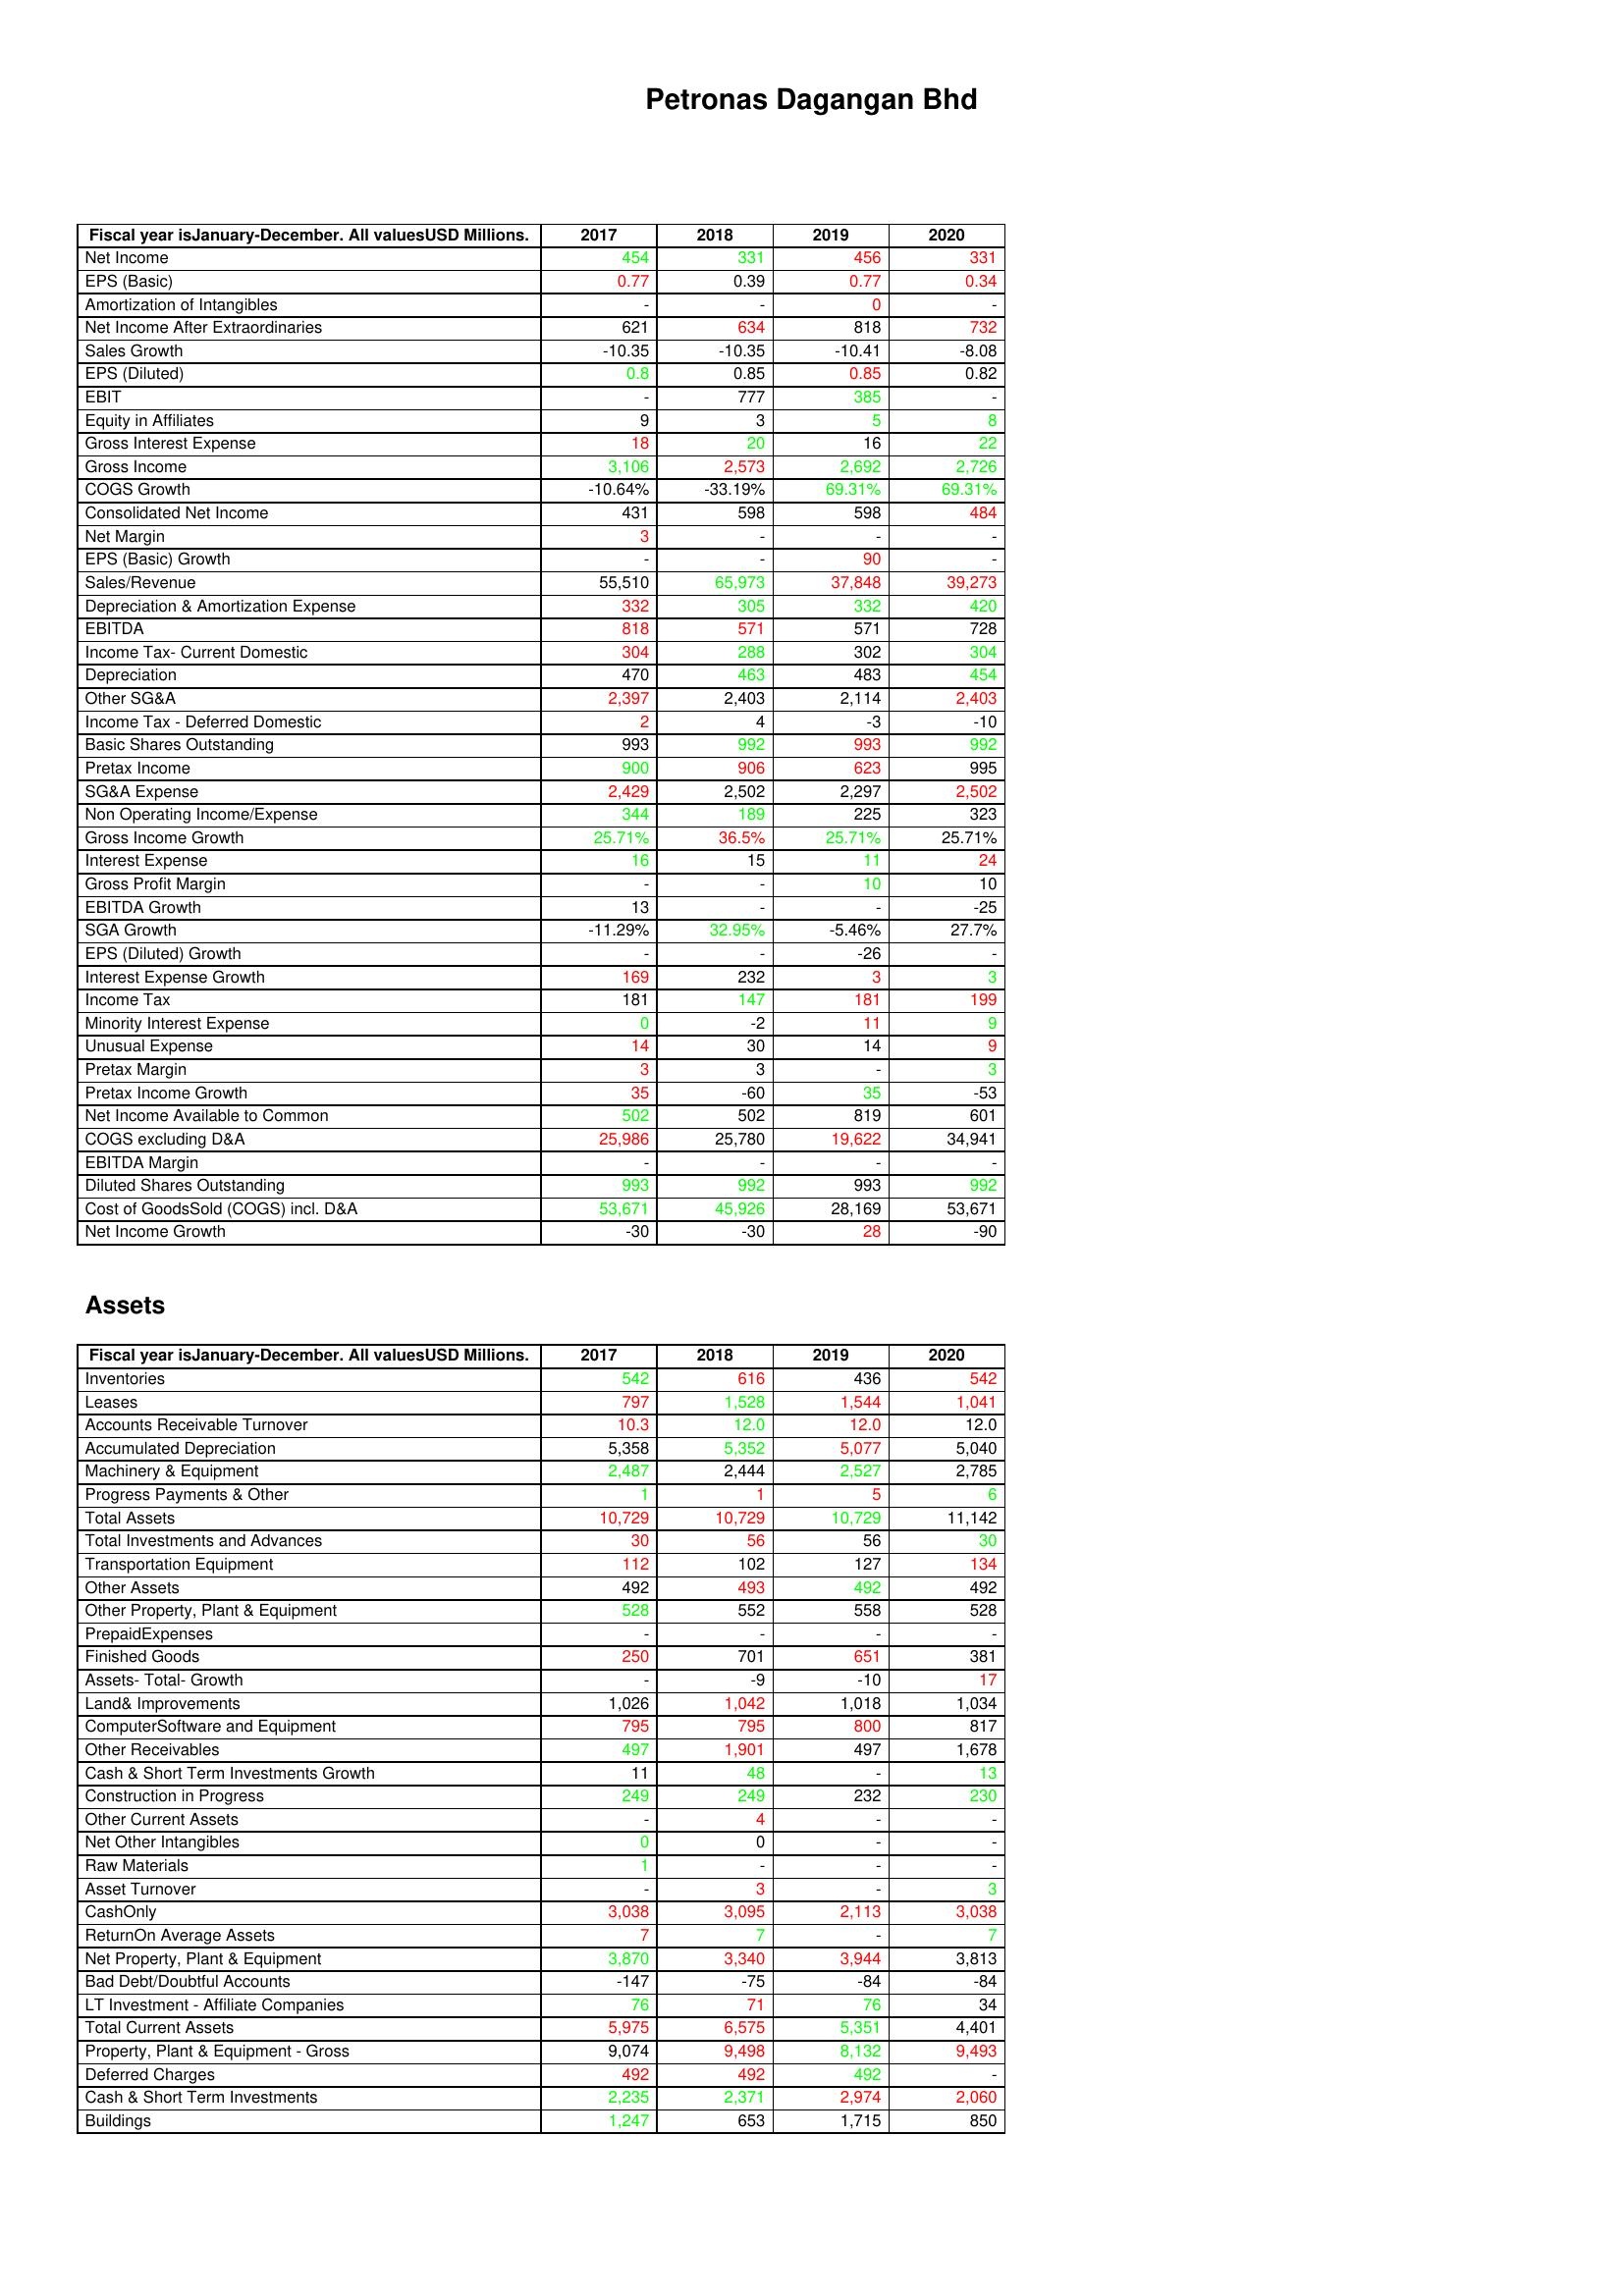
gt_parse: 2017: : Net Income: 454
EPS (Basic): 0.77
Amortization of Intangibles: -
Net Income After Extraordinaries: 621
Sales Growth: -10.35
EPS (Diluted): 0.8
EBIT: -
Equity in Affiliates: 9
Gross Interest Expense: 18
Gross Income: 3,106
COGS Growth: -10.64%
Consolidated Net Income: 431
Net Margin: 3
EPS (Basic) Growth: -
Sales/Revenue: 55,510
Depreciation & Amortization Expense: 332
EBITDA: 818
Income Tax- Current Domestic: 304
Depreciation: 470
Other SG&A: 2,397
Income Tax - Deferred Domestic: 2
Basic Shares Outstanding: 993
Pretax Income: 900
SG&A Expense: 2,429
Non Operating Income/Expense: 344
Gross Income Growth: 25.71%
Interest Expense: 16
Gross Profit Margin: -
EBITDA Growth: 13
SGA Growth: -11.29%
EPS (Diluted) Growth: -
Interest Expense Growth: 169
Income Tax: 181
Minority Interest Expense: 0
Unusual Expense: 14
Pretax Margin: 3
Pretax Income Growth: 35
Net Income Available to Common: 502
COGS excluding D&A: 25,986
EBITDA Margin: -
Diluted Shares Outstanding: 993
Cost of GoodsSold (COGS) incl. D&A: 53,671
Net Income Growth: -30
Assets: Inventories: 542
Leases: 797
Accounts Receivable Turnover: 10.3
Accumulated Depreciation: 5,358
Machinery & Equipment: 2,487
Progress Payments & Other: 1
Total Assets: 10,729
Total Investments and Advances: 30
Transportation Equipment: 112
Other Assets: 492
Other Property, Plant & Equipment: 528
PrepaidExpenses: -
Finished Goods: 250
Assets- Total- Growth: -
Land& Improvements: 1,026
ComputerSoftware and Equipment: 795
Other Receivables: 497
Cash & Short Term Investments Growth: 11
Construction in Progress: 249
Other Current Assets: -
Net Other Intangibles: 0
Raw Materials: 1
Asset Turnover: -
CashOnly: 3,038
ReturnOn Average Assets: 7
Net Property, Plant & Equipment: 3,870
Bad Debt/Doubtful Accounts: -147
LT Investment - Affiliate Companies: 76
Total Current Assets: 5,975
Property, Plant & Equipment - Gross : 9,074
Deferred Charges: 492
Cash & Short Term Investments: 2,235
Buildings: 1,247
2018: : Net Income: 331
EPS (Basic): 0.39
Amortization of Intangibles: -
Net Income After Extraordinaries: 634
Sales Growth: -10.35
EPS (Diluted): 0.85
EBIT: 777
Equity in Affiliates: 3
Gross Interest Expense: 20
Gross Income: 2,573
COGS Growth: -33.19%
Consolidated Net Income: 598
Net Margin: -
EPS (Basic) Growth: -
Sales/Revenue: 65,973
Depreciation & Amortization Expense: 305
EBITDA: 571
Income Tax- Current Domestic: 288
Depreciation: 463
Other SG&A: 2,403
Income Tax - Deferred Domestic: 4
Basic Shares Outstanding: 992
Pretax Income: 906
SG&A Expense: 2,502
Non Operating Income/Expense: 189
Gross Income Growth: 36.5%
Interest Expense: 15
Gross Profit Margin: -
EBITDA Growth: -
SGA Growth: 32.95%
EPS (Diluted) Growth: -
Interest Expense Growth: 232
Income Tax: 147
Minority Interest Expense: -2
Unusual Expense: 30
Pretax Margin: 3
Pretax Income Growth: -60
Net Income Available to Common: 502
COGS excluding D&A: 25,780
EBITDA Margin: -
Diluted Shares Outstanding: 992
Cost of GoodsSold (COGS) incl. D&A: 45,926
Net Income Growth: -30
Assets: Inventories: 616
Leases: 1,528
Accounts Receivable Turnover: 12.0
Accumulated Depreciation: 5,352
Machinery & Equipment: 2,444
Progress Payments & Other: 1
Total Assets: 10,729
Total Investments and Advances: 56
Transportation Equipment: 102
Other Assets: 493
Other Property, Plant & Equipment: 552
PrepaidExpenses: -
Finished Goods: 701
Assets- Total- Growth: -9
Land& Improvements: 1,042
ComputerSoftware and Equipment: 795
Other Receivables: 1,901
Cash & Short Term Investments Growth: 48
Construction in Progress: 249
Other Current Assets: 4
Net Other Intangibles: 0
Raw Materials: -
Asset Turnover: 3
CashOnly: 3,095
ReturnOn Average Assets: 7
Net Property, Plant & Equipment: 3,340
Bad Debt/Doubtful Accounts: -75
LT Investment - Affiliate Companies: 71
Total Current Assets: 6,575
Property, Plant & Equipment - Gross : 9,498
Deferred Charges: 492
Cash & Short Term Investments: 2,371
Buildings: 653
2019: : Net Income: 456
EPS (Basic): 0.77
Amortization of Intangibles: 0
Net Income After Extraordinaries: 818
Sales Growth: -10.41
EPS (Diluted): 0.85
EBIT: 385
Equity in Affiliates: 5
Gross Interest Expense: 16
Gross Income: 2,692
COGS Growth: 69.31%
Consolidated Net Income: 598
Net Margin: -
EPS (Basic) Growth: 90
Sales/Revenue: 37,848
Depreciation & Amortization Expense: 332
EBITDA: 571
Income Tax- Current Domestic: 302
Depreciation: 483
Other SG&A: 2,114
Income Tax - Deferred Domestic: -3
Basic Shares Outstanding: 993
Pretax Income: 623
SG&A Expense: 2,297
Non Operating Income/Expense: 225
Gross Income Growth: 25.71%
Interest Expense: 11
Gross Profit Margin: 10
EBITDA Growth: -
SGA Growth: -5.46%
EPS (Diluted) Growth: -26
Interest Expense Growth: 3
Income Tax: 181
Minority Interest Expense: 11
Unusual Expense: 14
Pretax Margin: -
Pretax Income Growth: 35
Net Income Available to Common: 819
COGS excluding D&A: 19,622
EBITDA Margin: -
Diluted Shares Outstanding: 993
Cost of GoodsSold (COGS) incl. D&A: 28,169
Net Income Growth: 28
Assets: Inventories: 436
Leases: 1,544
Accounts Receivable Turnover: 12.0
Accumulated Depreciation: 5,077
Machinery & Equipment: 2,527
Progress Payments & Other: 5
Total Assets: 10,729
Total Investments and Advances: 56
Transportation Equipment: 127
Other Assets: 492
Other Property, Plant & Equipment: 558
PrepaidExpenses: -
Finished Goods: 651
Assets- Total- Growth: -10
Land& Improvements: 1,018
ComputerSoftware and Equipment: 800
Other Receivables: 497
Cash & Short Term Investments Growth: -
Construction in Progress: 232
Other Current Assets: -
Net Other Intangibles: -
Raw Materials: -
Asset Turnover: -
CashOnly: 2,113
ReturnOn Average Assets: -
Net Property, Plant & Equipment: 3,944
Bad Debt/Doubtful Accounts: -84
LT Investment - Affiliate Companies: 76
Total Current Assets: 5,351
Property, Plant & Equipment - Gross : 8,132
Deferred Charges: 492
Cash & Short Term Investments: 2,974
Buildings: 1,715
2020: : Net Income: 331
EPS (Basic): 0.34
Amortization of Intangibles: -
Net Income After Extraordinaries: 732
Sales Growth: -8.08
EPS (Diluted): 0.82
EBIT: -
Equity in Affiliates: 8
Gross Interest Expense: 22
Gross Income: 2,726
COGS Growth: 69.31%
Consolidated Net Income: 484
Net Margin: -
EPS (Basic) Growth: -
Sales/Revenue: 39,273
Depreciation & Amortization Expense: 420
EBITDA: 728
Income Tax- Current Domestic: 304
Depreciation: 454
Other SG&A: 2,403
Income Tax - Deferred Domestic: -10
Basic Shares Outstanding: 992
Pretax Income: 995
SG&A Expense: 2,502
Non Operating Income/Expense: 323
Gross Income Growth: 25.71%
Interest Expense: 24
Gross Profit Margin: 10
EBITDA Growth: -25
SGA Growth: 27.7%
EPS (Diluted) Growth: -
Interest Expense Growth: 3
Income Tax: 199
Minority Interest Expense: 9
Unusual Expense: 9
Pretax Margin: 3
Pretax Income Growth: -53
Net Income Available to Common: 601
COGS excluding D&A: 34,941
EBITDA Margin: -
Diluted Shares Outstanding: 992
Cost of GoodsSold (COGS) incl. D&A: 53,671
Net Income Growth: -90
Assets: Inventories: 542
Leases: 1,041
Accounts Receivable Turnover: 12.0
Accumulated Depreciation: 5,040
Machinery & Equipment: 2,785
Progress Payments & Other: 6
Total Assets: 11,142
Total Investments and Advances: 30
Transportation Equipment: 134
Other Assets: 492
Other Property, Plant & Equipment: 528
PrepaidExpenses: -
Finished Goods: 381
Assets- Total- Growth: 17
Land& Improvements: 1,034
ComputerSoftware and Equipment: 817
Other Receivables: 1,678
Cash & Short Term Investments Growth: 13
Construction in Progress: 230
Other Current Assets: -
Net Other Intangibles: -
Raw Materials: -
Asset Turnover: 3
CashOnly: 3,038
ReturnOn Average Assets: 7
Net Property, Plant & Equipment: 3,813
Bad Debt/Doubtful Accounts: -84
LT Investment - Affiliate Companies: 34
Total Current Assets: 4,401
Property, Plant & Equipment - Gross : 9,493
Deferred Charges: -
Cash & Short Term Investments: 2,060
Buildings: 850